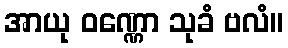
အာယု ဝဏ္ဏော သုခံ ဗလံ။